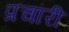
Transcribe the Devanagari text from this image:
प्रचारी